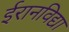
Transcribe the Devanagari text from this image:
ईरानविद्या